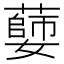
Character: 𦾦